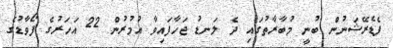
ފެޑެރޭޝަނުން ބުނީ މުބާރާތުގައި ދެ ލަނޑު ޖަހާފައިވާ އުމުރުން 22 އަހަރުގެ ފޯވާޑުގެ